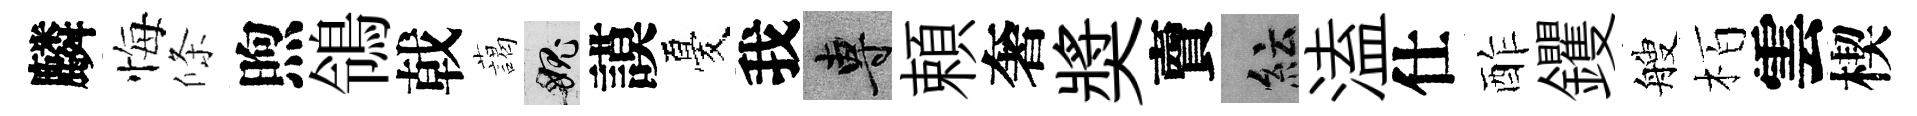
麟悔條煦鴒戟藹愧謨憂我專頼奢奬𧶠紜溘仕酢钁艘栢雲楔